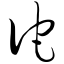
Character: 佗